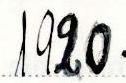
1920